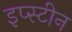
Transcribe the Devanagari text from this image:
इप्स्टीन